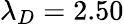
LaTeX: \lambda_{D}=2.50